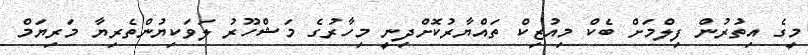
މީގެ އިތުރުން ފިލްމަށް ބެކް މިއުޒިކް ތައްޔާރުކޮށްދިނީ މިހާރުގެ މަޝްހޫރު ލަވަކިޔުންތެރިޔާ މަރިޔަމް